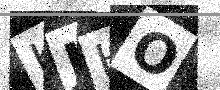
Text: KJHO